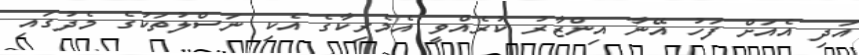
އަދި އެއަށް ފަހު އޭނާ އިންޒާރު ކުރެއްވީ އެމެރިކާގެ އެކި ނަސްލުތަކުގެ މެދުގައި